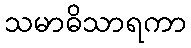
သမာဓိသာရကာ